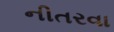
નીતરવા